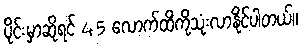
ပိုင်းမှာဆိုရင် 45 လောက်ထိကိုသုံးလာနိုင်ပါတယ်။